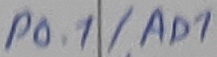
Text: P0.1/AD1